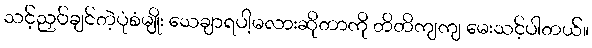
သင့်ညှပ်ချင်တဲ့ပုံစံမျိုး သေချာရပါ့မလားဆိုတာကို တိတိကျကျ မေးသင့်ပါတယ်။